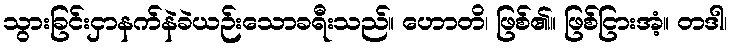
သွားခြင်းငှာနက်နဲခဲယဉ်းသောခရီးသည်။ ဟောတိ၊ ဖြစ်၏။ ဖြစ်ငြားအံ့။ တဒါ၊